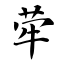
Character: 荦